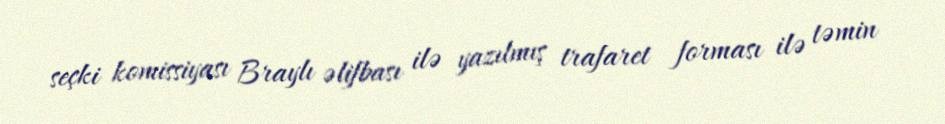
seçki komissiyası Braylı əlifbası ilə yazılmış trafaret forması ilə təmin